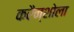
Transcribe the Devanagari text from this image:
करैन्शोला